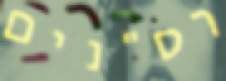
רס"נים